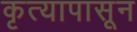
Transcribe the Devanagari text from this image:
कृत्यापासून